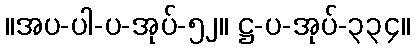
။အပ-ပါ-ပ-အုပ်-၅၂။ ဋ္ဌ-ပ-အုပ်-၃၃၄။